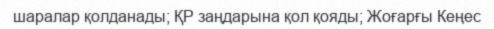
шаралар қолданады; ҚР заңдарына қол қояды; Жоғарғы Кеңес